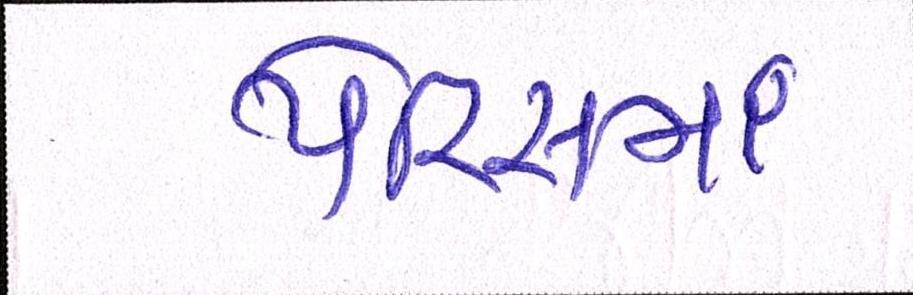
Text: પેરિસમાં